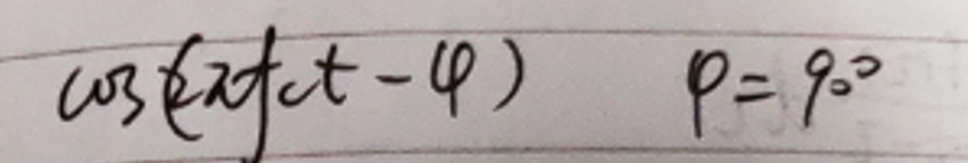
\(\cos(\omega t - \varphi)\) \(\rho = 90^{\circ}\)